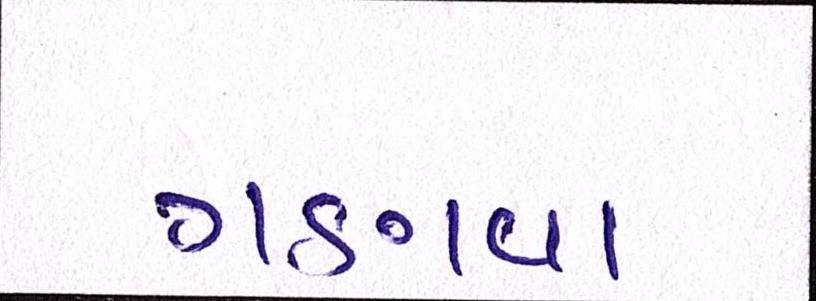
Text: ગણવા